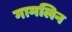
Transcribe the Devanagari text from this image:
गामलिन